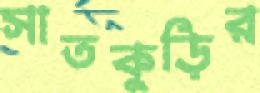
সাতকুড়ির